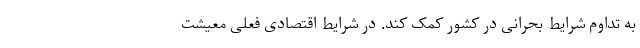
به تداوم شرایط بحرانی در کشور کمک کند. در شرایط اقتصادی فعلی معیشت